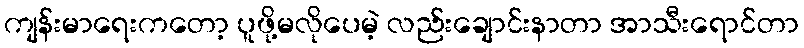
ကျန်းမာရေးကတော့ ပူဖို့မလိုပေမဲ့ လည်းချောင်းနာတာ အာသီးရောင်တာ